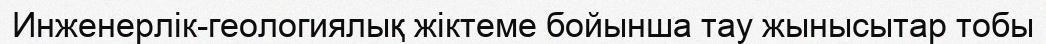
Инженерлік-геологиялық жіктеме бойынша тау жынысытар тобы